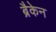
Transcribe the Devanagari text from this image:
ब्रैकेन